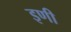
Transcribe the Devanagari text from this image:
इणी